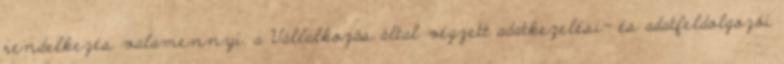
rendelkezés valamennyi, a Vállalkozás által végzett adatkezelési- és adatfeldolgozói